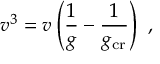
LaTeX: \Delta D _ { \mathrm { r e n } } ( Q ^ { 2 } ) = { \frac { 1 } { \beta _ { 0 } } } \, w _ { D } ( \tau _ { L } ) = { \frac { 8 } { \beta _ { 0 } } } \, { \frac { \Lambda _ { \mathrm { V } } ^ { 4 } } { Q ^ { 4 } } } - { \frac { 1 6 } { 3 \beta _ { 0 } } } \, \bigg ( \ln { \frac { Q ^ { 2 } } { \Lambda _ { \mathrm { V } } ^ { 2 } } } + { \frac { 3 } { 2 } } \bigg ) \, { \frac { \Lambda _ { \mathrm { V } } ^ { 6 } } { Q ^ { 6 } } } + O ( Q ^ { - 8 } ) \, .